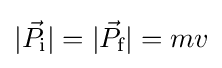
|{\vec {P}}_{\text{i}}|=|{\vec {P}}_{\text{f}}|=mv